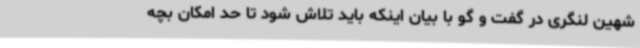
شهین لنگری در گفت و گو با بیان اینکه باید تلاش شود تا حد امکان بچه